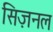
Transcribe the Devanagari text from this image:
सिज़नल